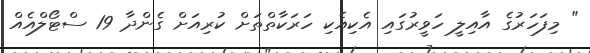
" މިފަހަރުގެ އާއިލީ ހަވީރުގައި އެކިއެކި ހަރަކާތްތަށް ކުރިއަށް ގެންދާ 19 ސްޓޯލްއެއް